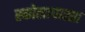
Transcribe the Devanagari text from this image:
स्कोलापास्ता